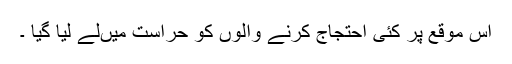
اس موقع پر کئی احتجاج کرنے والوں کو حراست میںلے لیا گیا ۔